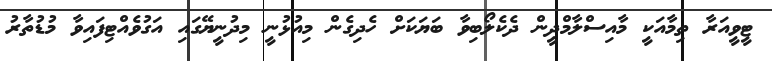
ޓީވީއަރާ ތިމާއަކީ މާއިސްލާމްދީން ދެކެލޯބިވާ ބަޔަކަށް ހެދިގެން މިއުޅުނީ މިދުނީޔޭގައި އަގުވެއްޓިފައިވާ މުޑުތާރު